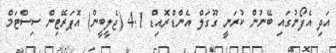
އަދި އެފޯނުގައި ބޭނުން ކުރަނީ ގޫގަލް އެންޑްރޮއިޑް 4.1 (ޖެލީބީން) އޮޕަރޭޓިން ސިސްޓަމް